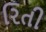
રિતી